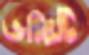
ভঙ্গিটি